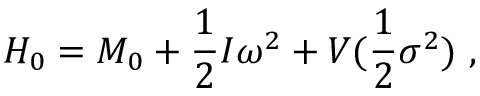
H _ { 0 } = M _ { 0 } + \frac 1 2 I \omega ^ { 2 } + V ( \frac 1 2 \sigma ^ { 2 } ) \ ,